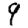
Digit: 9